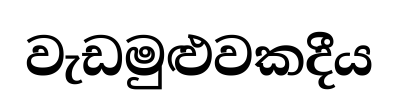
වැඩමුළුවකදීය